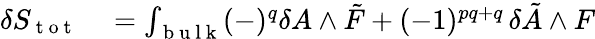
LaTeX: \begin{array}{rl}{\delta S_{\mathrm{~t~o~t~}}}&{{}=\int_{\mathrm{~b~u~l~k~}}(-)^{q}\delta A\wedge\tilde{F}+(-1)^{pq+q}\, \delta\tilde{A}\wedge F}\end{array}